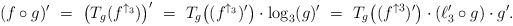
LaTeX: \begin{align*} (f\circ g)'\ =\ \big(T_g(f^{\uparrow_3})\big)'\ =\ T_g\big((f^{\uparrow_3})'\big)\cdot \log_3(g)'\ =\ T_g\big((f^{\uparrow 3})'\big)\cdot (\ell_3'\circ g)\cdot g'.\end{align*}